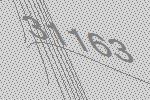
31163